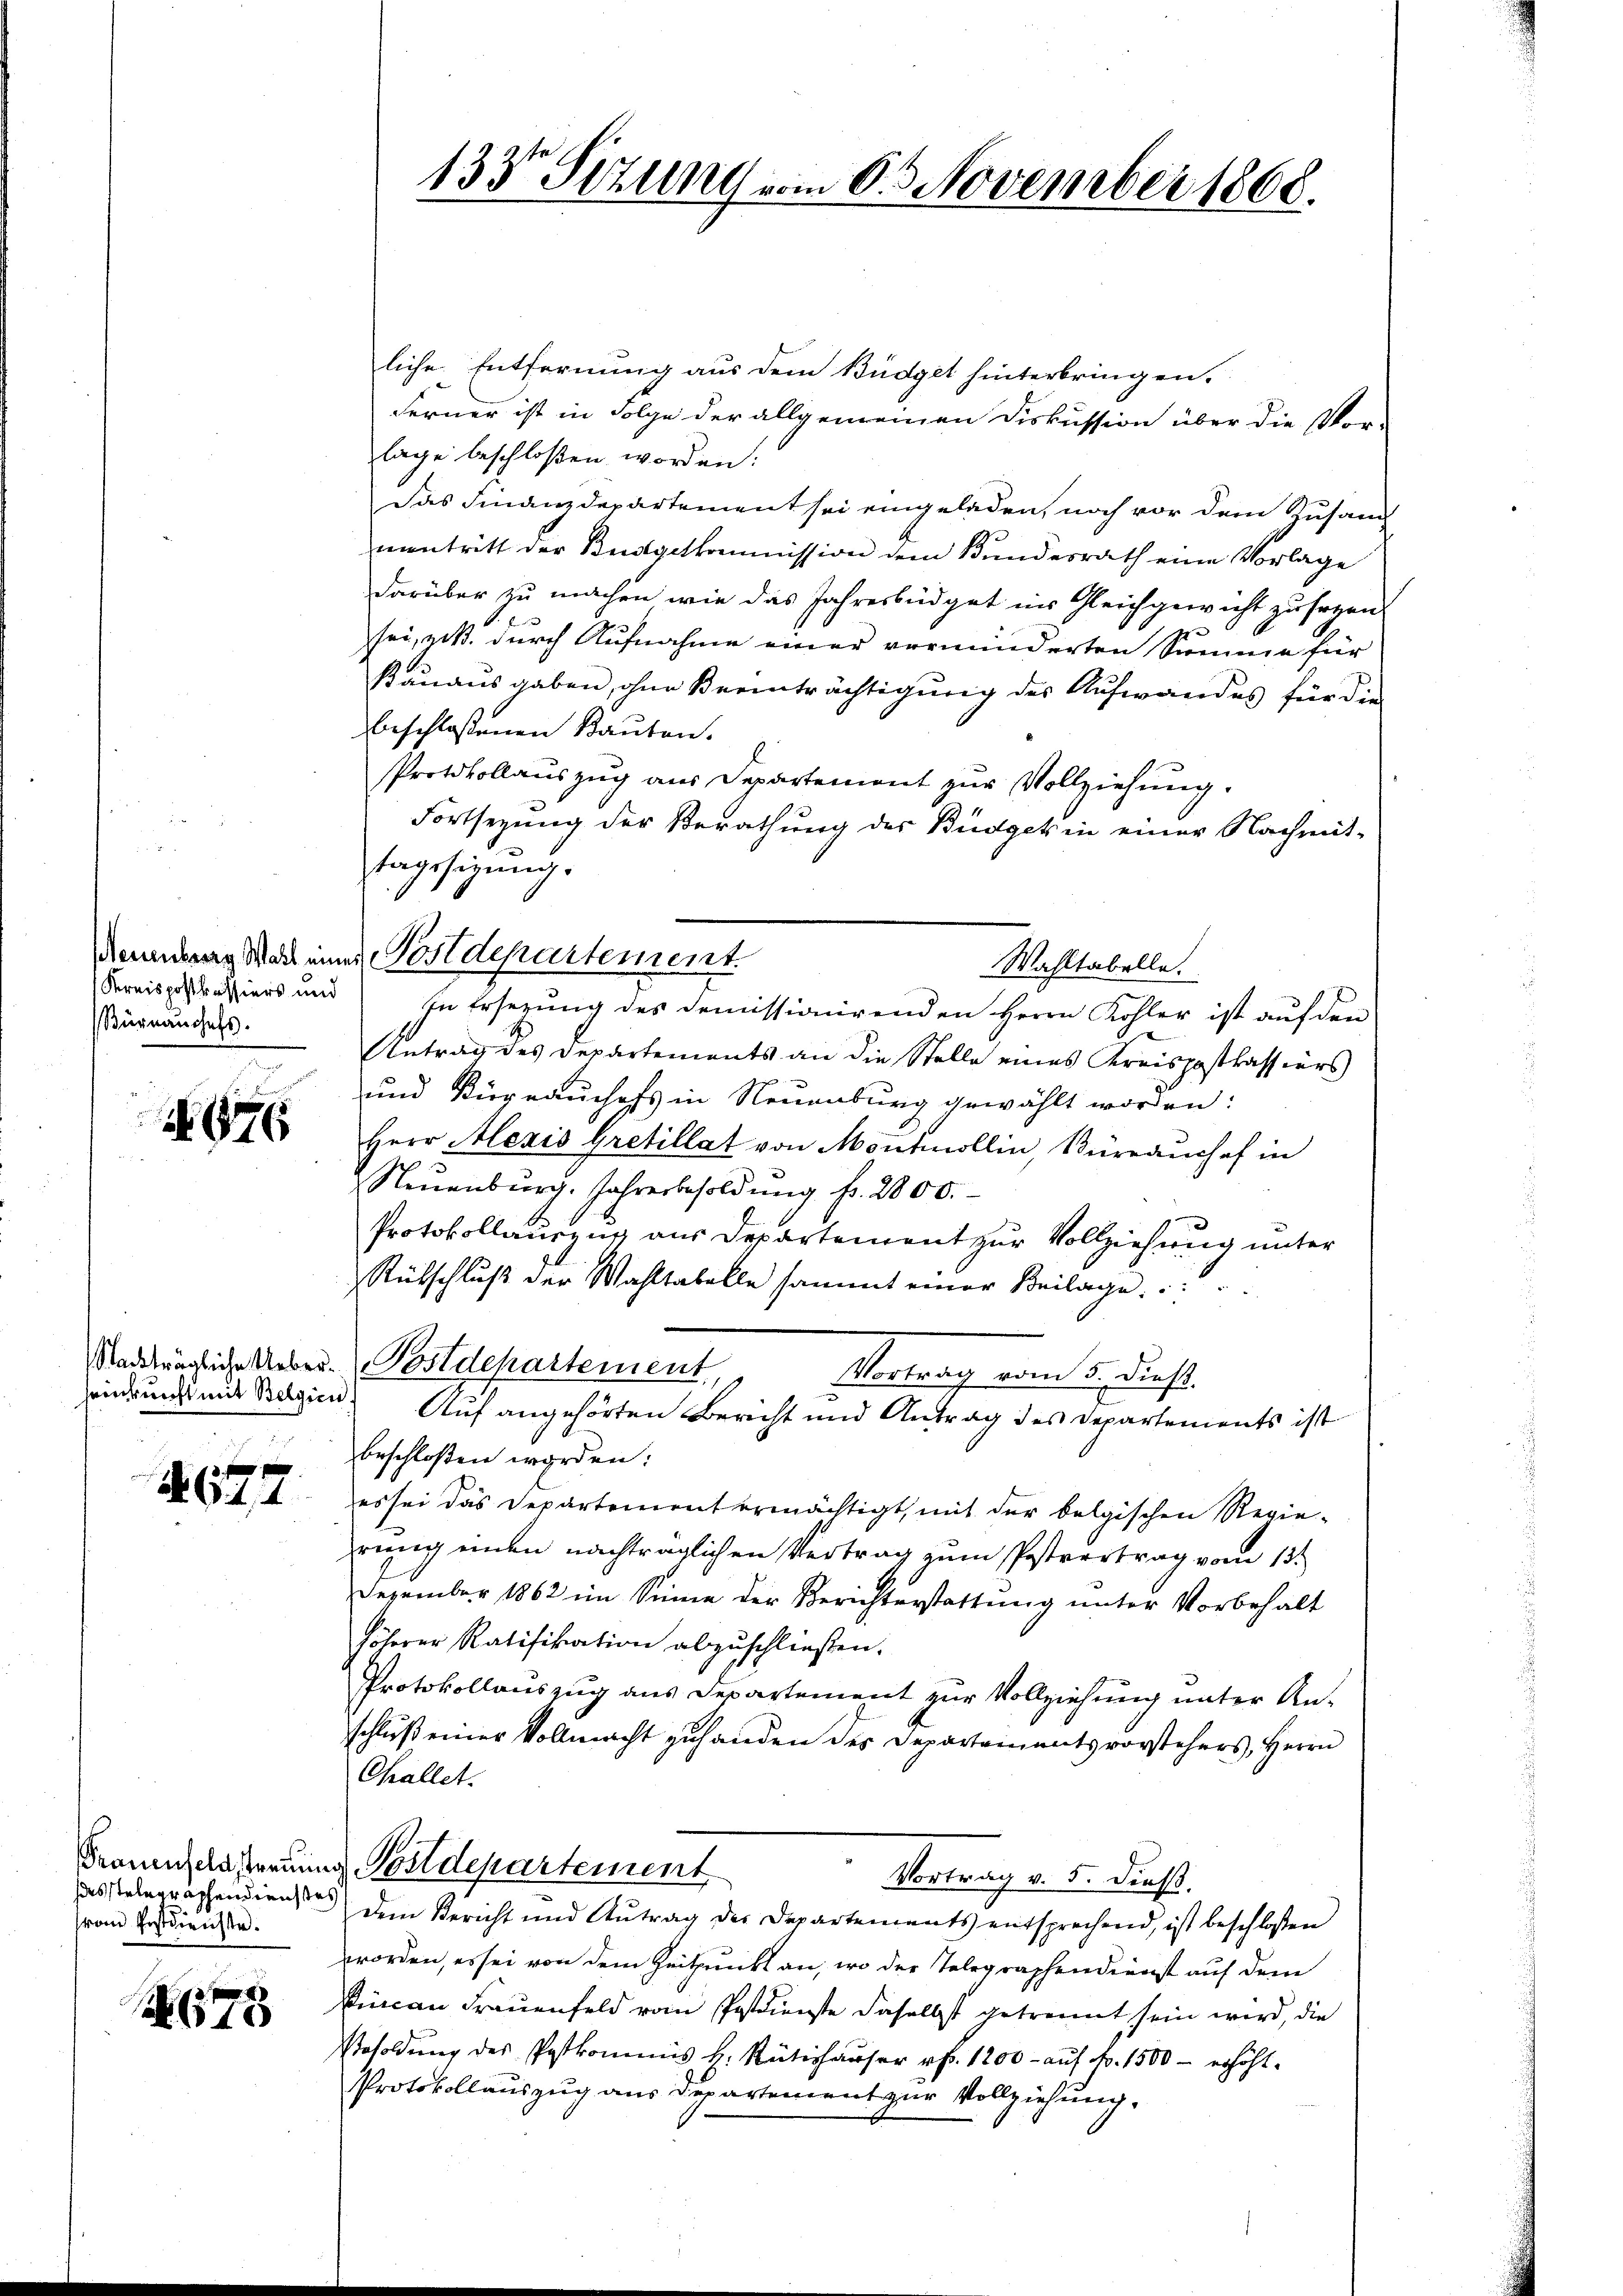
Kreispostkassiers und
Bürnauchefs.

176

1627

Trauenfeld, treuen
desstelegraphendienstes
rem Gesterrichte.

75

liche Entfernung aus dem Büdget hinterbringen.
Ferner ist in Folge der allgemeinen Diskussion über die Vor-
lage beschloßen worden:
Das Finanzdepartement sei eingeladen, noch vor dem Zusam
nantritt der Budgetkommission dem Bundesrath eine Vorlage
darüber zu machen wie das Jahresbüdget in Gleichgewicht zu seyen
sei, zit. durch Aufnahme einer verminderten Summe für
Pauausgaben, ohne Beeinträchtigung des Aufwandes für die
beschlossenen Bauten.
Protokollauszug aus Departemont zur Vollziehung.
Fortsezung der Berathung des Büdget in einer Nachmit-
tagssitzung.
In Ersezung des Demissionirenden Herrn Kohler ist auf den
Antrag des Departements an die Stelle eines Kreispostkassiers
und Kirrrauchefs in Neuenburg gewählt worden:
Herr Alexis Gretillat von Montmollin, Büreauchef in
Neuenburg. Jahresbesoldŭng fr. 2800.
Protokollauszug aus Departement zur Vollziehung unter
Rütschluß der Wahltabelle sammt einer Beilage
Nachträgliche Ueber-Postdepartement,
Vertrag vom 5. dieß.
windung mit Belgien. Auf angehörten Bericht und Antrag des Departements ist
beschloßen worden:
es sei das Departement ermächtigt, mit der belgischen Regie-
rung einen nachträglichen Vertrag zum Postvertrag vom 13.
Dezember 1862 im Sinne der Berichterstattung unter Vorbehalt
höherer Ratifikation abzuschließen.
Protokollauszug aus Departement zur Vollziehung unter Anschluß einer Vollmacht zuhanden des Departementsvorstehers, Herrn
Challet.
u. Postdepartement
Vortrag v. 5. dieß.
Dem Bericht und Antrag des Departements entsprechend, ist beschlossen
worden, es sei von dem Zeitpunkt an, wo der Telegraphendienst auf dem
Rican Frauenfeld vom Postdienste daselbst getrennt sein wird, die
Besoldung des Postkommis H. Rütishauser rf. 1200 - auf fr. 1500 - erhöht.
Protokollauszug aus Departement zur Vollziehung.

133te Sitzung vom 8. November 1868.

enndererg Watt eines Postdepartement.

Wahltabelle.